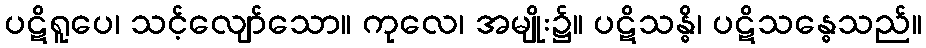
ပဋိရူပေ၊ သင့်လျော်သော။ ကုလေ၊ အမျိုး၌။ ပဋိသန္ဓိ၊ ပဋိသန္ဓေသည်။